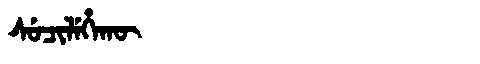
Manchu: ᠰᡠᠴᡳᠯᡝᡥᠠᡴᡡ
Romanization: SUCILEHAKŪ